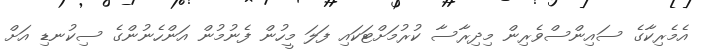
އެމެރިކާގެ ސައިންސްވެރިން މިދިރާސާ ކުރުމަށްޓަކައި ފަލަ މީހުން ފެނުމުން އަންހެނުންގެ ސިކުނޑި އަށް